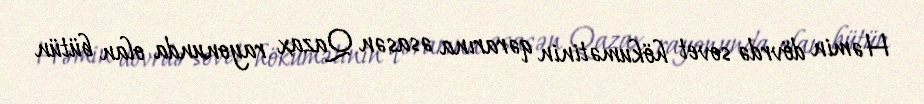
Həmin dövrdə sovet hökumətinin qərarına əsasən Qazax rayonunda olan bütün